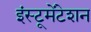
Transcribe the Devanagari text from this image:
इंस्‍टूमेंटेशन